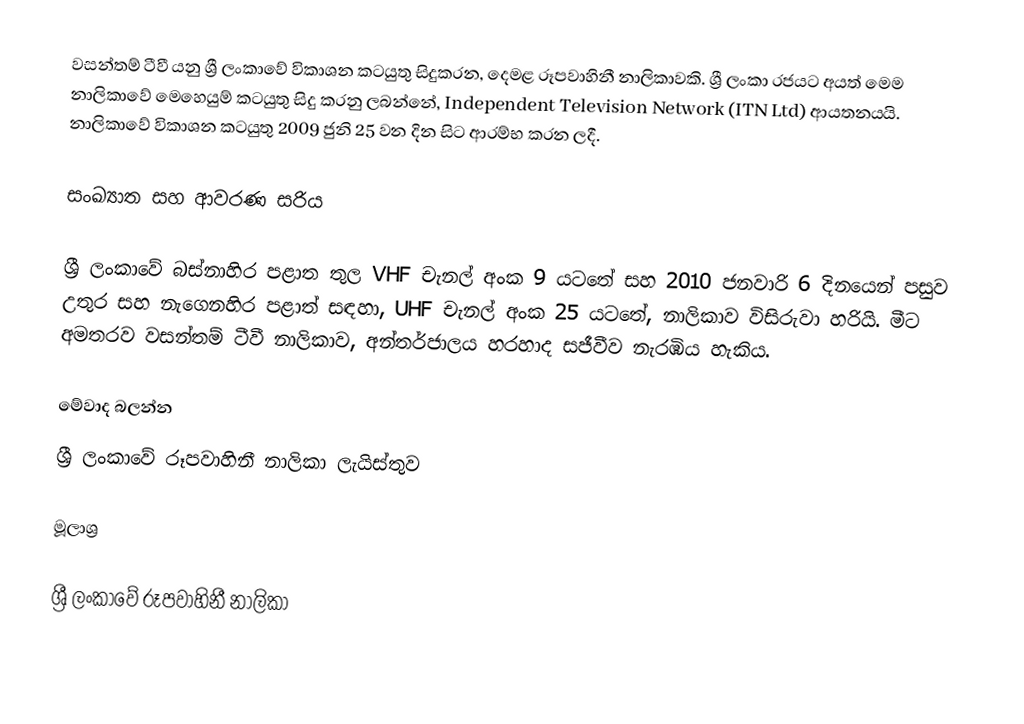
වසන්තම් ටීවී  යනු ශ්‍රී ලංකාවේ විකාශන කටයුතු සිදුකරන, දෙමළ රූපවාහිනී නාලිකාවකි. ශ්‍රී ලංකා රජයට අයත් මෙම නාලිකාවේ මෙහෙයුම් කටයුතු සිදු කරනු ලබන්නේ, Independent Television Network (ITN Ltd) ආයතනයයි. නාලිකාවේ විකාශන කටයුතු 2009 ජුනි 25 වන දින සිට ආරම්භ කරන ලදී.

සංඛ්‍යාත සහ ආවරණ සරිය

ශ්‍රී ලංකාවේ බස්නාහිර පළාත තුල VHF චැනල් අංක 9 යටතේ සහ 2010 ජනවාරි 6 දිනයෙන් පසුව උතුර සහ නැගෙනහිර පළාත් සඳහා, UHF චැනල් අංක 25 යටතේ, නාලිකාව විසිරුවා හරියි. මීට අමතරව වසන්තම් ටීවී නාලිකාව, අන්තර්ජාලය හරහාද සජීවීව නැරඹිය හැකිය.

මේවාද බලන්න
 ශ්‍රී ලංකාවේ රූපවාහිනී නාලිකා ලැයිස්තුව

මූලාශ්‍ර

ශ්‍රී ලංකාවේ රූපවාහිනී නාලිකා